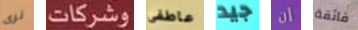
نرى وشركات عاطفى جيد إن فائقة